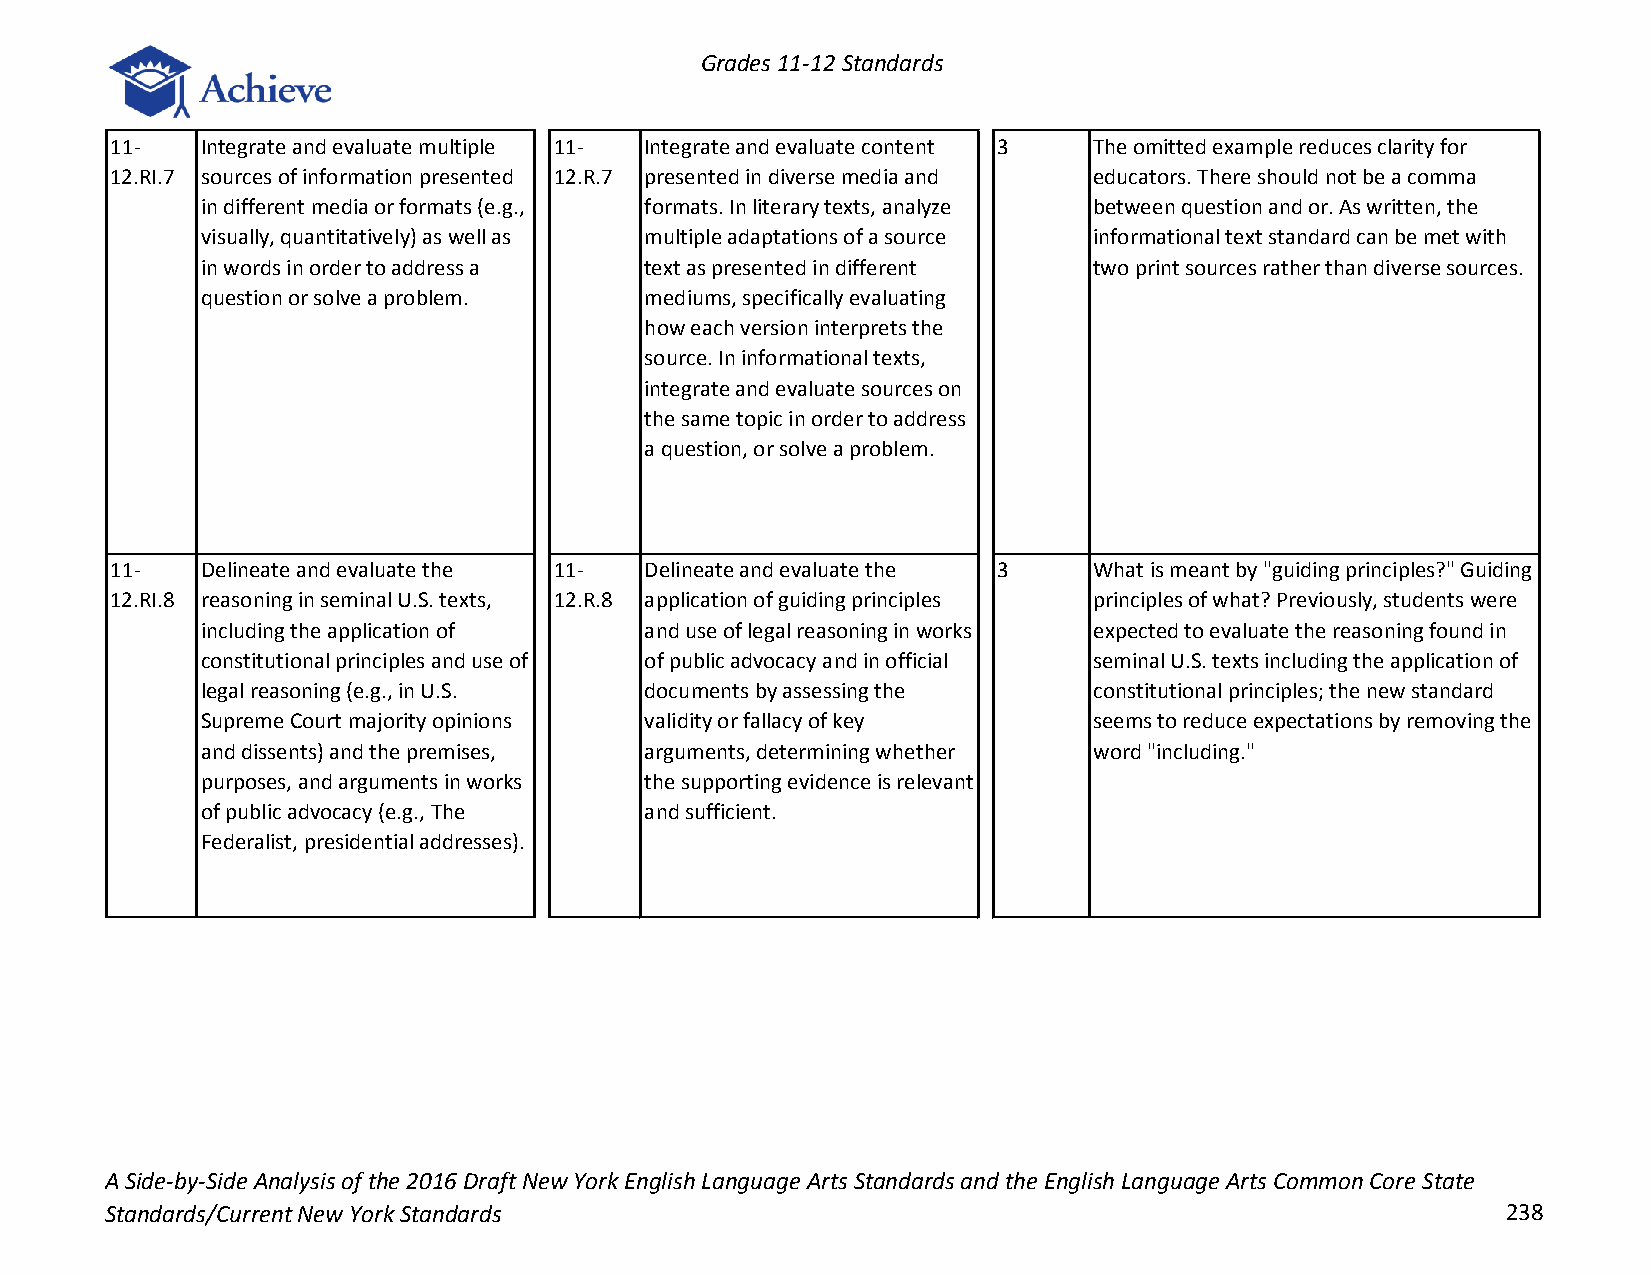
Grades 11-12 Standards
 11-   Integrate and evaluate multiple 11- Integrate and evaluate content 3 The omitted example reduces clarity for
 12.RI.7 sources of information presented 12.R.7 presented in diverse media and educators. There should not be a comma
 in different media or formats (e.g., formats. In literary texts, analyze between question and or. As written, the
 visually, quantitatively) as well as multiple adaptations of a source informational text standard can be met with
 in words in order to address a text as presented in different two print sources rather than diverse sources.
 question or solve a problem.  mediums, specifically evaluating
 how each version interprets the
 source. In informational texts,
 integrate and evaluate sources on
 the same topic in order to address
 a question, or solve a problem.
 11-   Delineate and evaluate the 11- Delineate and evaluate the 3 What is meant by "guiding principles?" Guiding
 12.RI.8 reasoning in seminal U.S. texts, 12.R.8 application of guiding principles principles of what? Previously, students were
 including the application of  and use of legal reasoning in works expected to evaluate the reasoning found in
 constitutional principles and use of of public advocacy and in official seminal U.S. texts including the application of
 legal reasoning (e.g., in U.S. documents by assessing the  constitutional principles; the new standard
 Supreme Court majority opinions validity or fallacy of key seems to reduce expectations by removing the
 and dissents) and the premises, arguments, determining whether word "including."
 purposes, and arguments in works the supporting evidence is relevant
 of public advocacy (e.g., The and sufficient.
 Federalist, presidential addresses).
 A Side-by-Side Analysis of the 2016 Draft New York English Language Arts Standards and the English Language Arts Common Core State
 Standards/Current New York Standards                                                         238